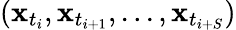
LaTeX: (\mathbf{x}_{t_{i}},\mathbf{x}_{t_{i+1}},...,\mathbf{x}_{t_{i+S}})